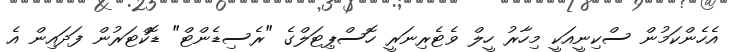
އެހެންކަމުން ސްކިނީއަކީ މިހާރު ހީލް ވެޓެރިނަރީ ހޮސްޕިޓަލްގެ "ރެސިޑެންޓް" ޑޮކްޓަރުން ފަދައިން އެ